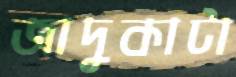
জাদুকাটা